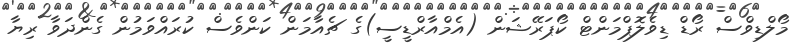
މޯލްޑިވްސް ރޯޑް ޑިވެލޮޕްމަންޓް ކޯޕަރޭޝަން (އެމްއާރްޑީސީ)ގެ ޗެއާމަން ކަންވެސް ކުރައްވަމުން ގެންދަވާ ރިޔާ